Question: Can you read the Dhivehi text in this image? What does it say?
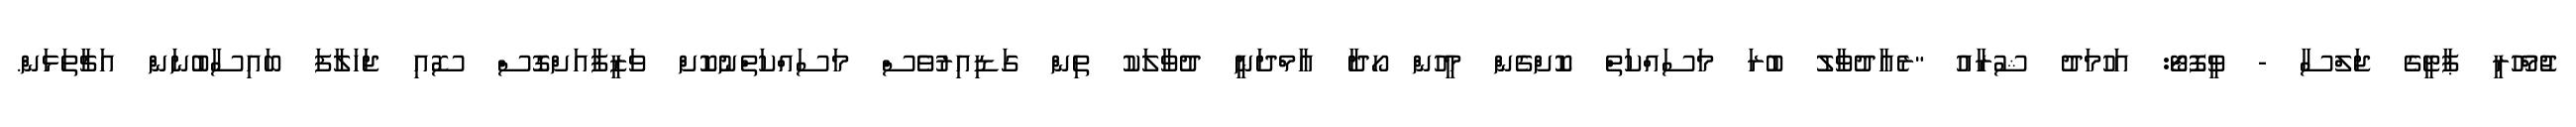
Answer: ޖުމްހޫރީ ޕާޓީގެ ޖަލްސާ - ވީފޮޓޯ: އަހުމަދު ޝުރާއު "ރެއާދުވާލު ބުރަ މަސައްކަތް ކޮށްގެން މީހުން ހޯދާ އާމްދަނީ ދުވާލަކު ތިން ގަޑިއިރުވެސް މަސައްކަތްނުކޮށް ވަޒީފާއަށްގޮސް ސޮއި ޖަހަލާފަ ބައިސާބުނަން އަޗާތަޅަން.